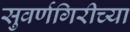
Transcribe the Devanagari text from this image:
सुवर्णगिरीच्या